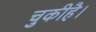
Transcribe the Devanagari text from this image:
चुकीहै।